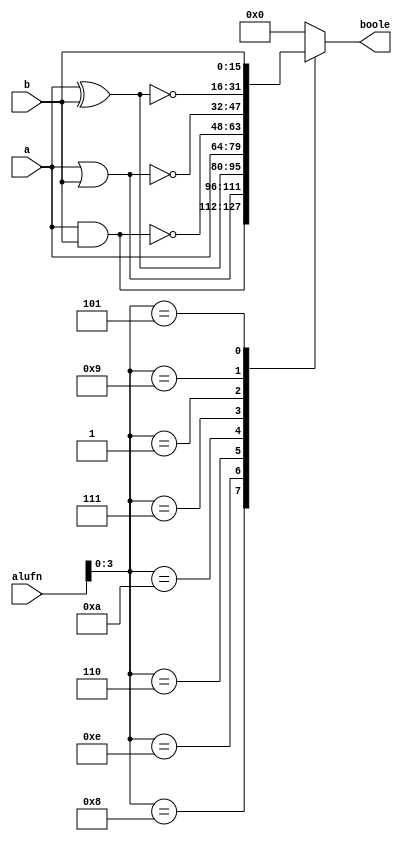
/*
   This file was generated automatically by the Mojo IDE version B1.3.6.
   Do not edit this file directly. Instead edit the original Lucid source.
   This is a temporary file and any changes made to it will be destroyed.
*/

module boolean_62 (
    input [15:0] a,
    input [15:0] b,
    input [5:0] alufn,
    output reg [15:0] boole
  );
  
  
  
  always @* begin
    
    case (alufn[0+3-:4])
      4'h8: begin
        boole = a & b;
      end
      4'he: begin
        boole = a | b;
      end
      4'h6: begin
        boole = a ^ b;
      end
      4'ha: begin
        boole = a;
      end
      4'h7: begin
        boole = ~(a & b);
      end
      4'h1: begin
        boole = ~(a | b);
      end
      4'h9: begin
        boole = ~(a ^ b);
      end
      4'h5: begin
        boole = b;
      end
      default: begin
        boole = 16'h0000;
      end
    endcase
  end
endmodule